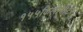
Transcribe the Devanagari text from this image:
१५५किलोमीटर